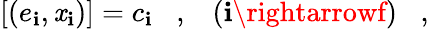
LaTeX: [(e_{\mathbf{i}},\mathit{x}_{\mathbf{i}})]=c_{\mathbf{i}}\; \; \; ,\; \; \; (\mathbf{i}\rightarrowf)\; \; \; ,